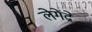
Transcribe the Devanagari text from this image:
लेगेंद्रे